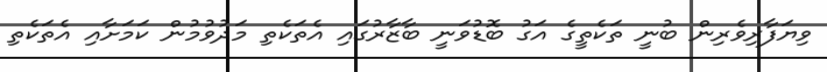
ވިޔަފާރިވެރިން ބުނީ ތަކެތީގެ އަގު ބޮޑުވަނީ ބާޒާރުގައި އެތަކެތި މަދުވުމުން ކަމަށާއި އެތަކެތި